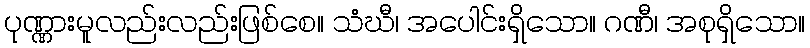
ပုဏ္ဏားမူလည်းလည်းဖြစ်စေ။ သံဃီ၊ အပေါင်းရှိသော။ ဂဏီ၊ အစုရှိသော။